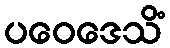
ပဝေဒေသိံ